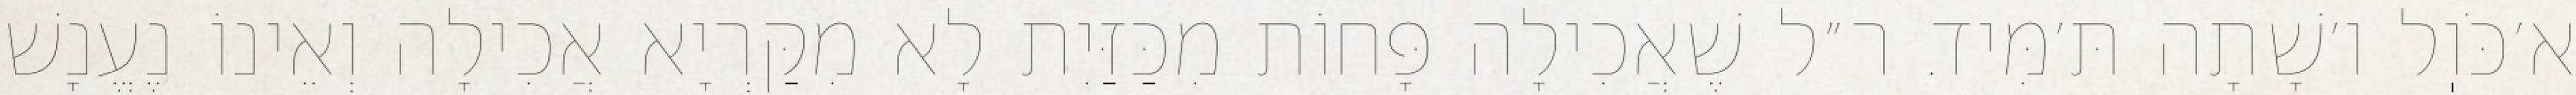
א׳כֹּוֽל ו׳שָׁתָה תּ׳מִּיד. ר״ל שֶׁאֲכִילָה פָּחוֹת מִכַּזַּיִת לָא מִקַּרְיָא אֲכִילָה וְאֵינוֹ נֶעֱנָשׁ